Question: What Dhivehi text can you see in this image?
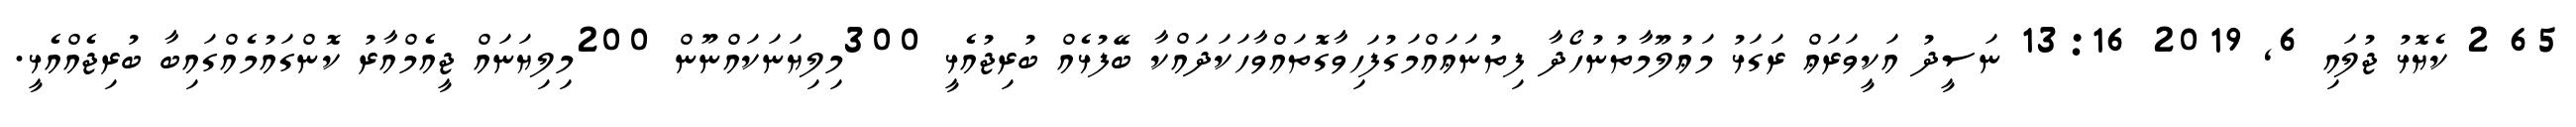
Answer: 65 2 ކެޔޮޅު ޖުލައި 6, 2019 13:16 ނަސީދު އަކީވަރަޢް ރަގަޅު މަޢުލޫމާތުނުހޯދާ ފިތުނަޢައްމަގުފަހިވާގޮތައްވާހަކަދައްކާ ބޭފުޅެއް ބުރިޖުއެޅީ 300މިލިޔަނަކައްނޫން 200މިލިޔަނައް ޖީއެމްއާރު ކޮންގައުމެއްގައިބާ ބުރިޖެއްއެޅީ.